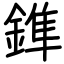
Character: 鎨